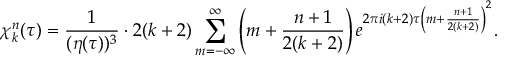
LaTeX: \chi _ { k } ^ { n } ( \tau ) = { \frac { 1 } { ( \eta ( \tau ) ) ^ { 3 } } } \cdot 2 ( k + 2 ) \sum _ { m = - \infty } ^ { \infty } \left( m + { \frac { n + 1 } { 2 ( k + 2 ) } } \right) e ^ { 2 \pi i ( k + 2 ) \tau \left( m + { \frac { n + 1 } { 2 ( k + 2 ) } } \right) ^ { 2 } } .